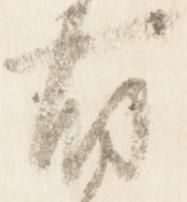
有